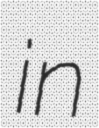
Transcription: in